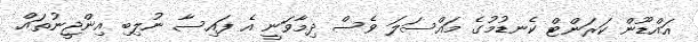
އައްޑޫން ކަރަންޓް ކެނޑުމުގެ މައްސަލަ ވެސް ދިމާވަނީ އެ ފައިސާ ނުލިބި އިންޖީނުތައް